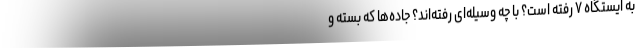
به ایستگاه ۷ رفته است؟ با چه وسیله‌ای رفته‌اند؟ جاده‌ها که بسته و